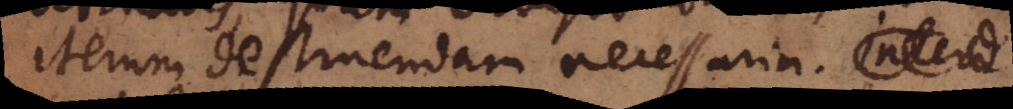
iterum destruendam necessaria. interd